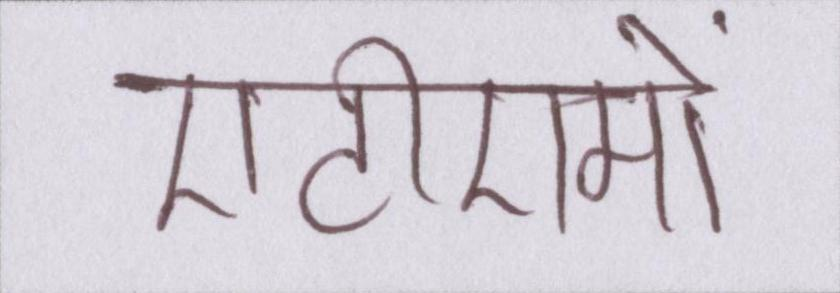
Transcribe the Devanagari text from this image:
एटीएमों